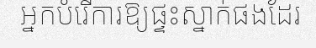
អ្នកបំរើការឱ្យផ្ទះស្នាក់ផងដែរ